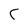
Character: C